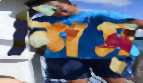
শিস্